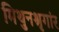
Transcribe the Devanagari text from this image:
मिथुनश्रृगांर